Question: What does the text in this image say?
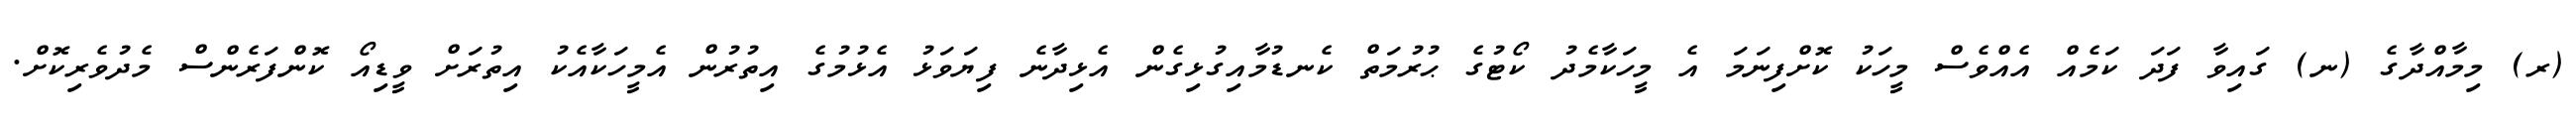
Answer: (ރ) މިމާއްދާގެ (ނ) ގައިވާ ފަދަ ކަމެއް އެއްވެސް މީހަކު ކޮށްފިނަމަ އެ މީހަކާމެދު ކޯޓުގެ ޙުރުމަތް ކެނޑުމާއިގުޅިގެން އެޅިދާނެ ފިޔަވަޅު އެޅުމުގެ އިތުރުން އެމީހަކާއެކު އިތުރަށް ވީޑިއޯ ކޮންފަރެންސް މެދުވެރިކޮށް.